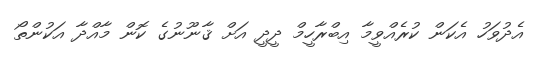
އެދުވަހު އެކަން ކުރެއްވީމާ އިބްރާހީމް ދީދީ އަށް ޤާނޫނުގެ ކޮން މާއްދާ އަކުންތޯ